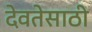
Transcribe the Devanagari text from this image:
देवतेसाठी